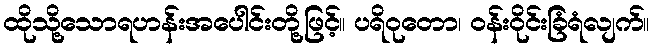
ထိုသို့သောရဟန်းအပေါင်းတို့ဖြင့်။ ပရိဝုတော၊ ဝန်းဝိုင်းခြံရံလျက်။